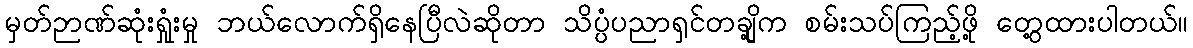
မှတ်ဉာဏ်ဆုံးရှုံးမှု ဘယ်လောက်ရှိနေပြီလဲဆိုတာ သိပ္ပံပညာရှင်တချို့က စမ်းသပ်ကြည့်ဖို့ တွေ့ထားပါတယ်။